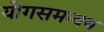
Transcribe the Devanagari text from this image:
योगसमन्वय